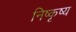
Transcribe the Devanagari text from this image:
निष्कृष्य